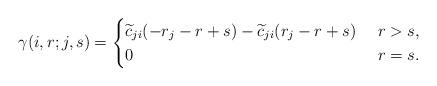
LaTeX: \begin{align*}\gamma(i, r; j, s)=\begin{cases}\widetilde{c}_{ji}(-r_j-r+s)-\widetilde{c}_{ji}(r_j-r+s)&\ r>s,\\0&\ r=s. \end{cases}\end{align*}